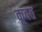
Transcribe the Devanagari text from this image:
कूवत